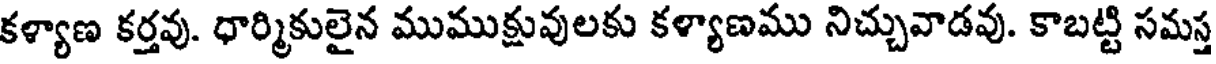
కళ్యాణ కర్తవు. ధార్మికులైన ముముక్షువులకు కళ్యాణము నిచ్చువాడవు. కాబట్టి సమస్త